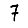
Digit: 7